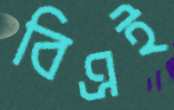
বিএই